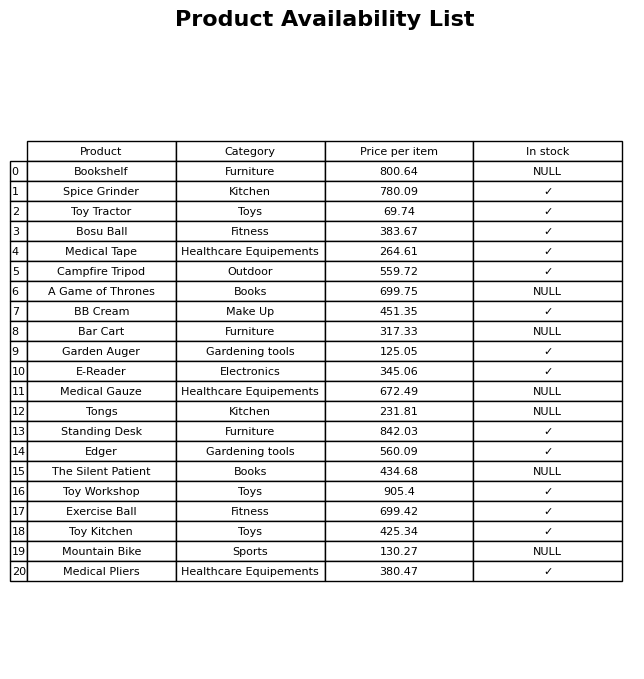
question: What is the price for Campfire Tripod?
answer: The price of Campfire Tripod is 559.72.